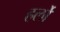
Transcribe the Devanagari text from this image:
हर्लो